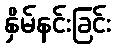
နှိမ်နင်းခြင်း